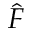
\hat { F }